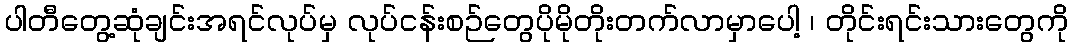
ပါတီတွေ့ဆုံချင်းအရင်လုပ်မှ လုပ်ငန်းစဉ်တွေပိုမိုတိုးတက်လာမှာပေါ့ ၊ တိုင်းရင်းသားတွေကို